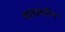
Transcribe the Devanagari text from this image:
शाहबदीन